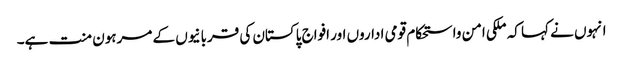
انہوں نے کہا کہ ملکی امن واستحکام قومی اداروں اور افواج پاکستان کی قربانیوں کے مرہون منت ہے۔